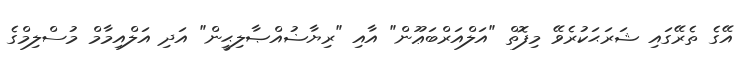
އޭގެ ތެރޭގައި ޝަރަޙަކުރެވޭ މިފޮތް "އަލްއަރްބަޢޫން" އާއި "ރިޔާޟުއްޞާލިޙީން" އަދި އަލްއިމާމް މުސްލިމްގެ